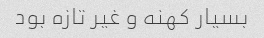
بسیار کهنه و غیر تازه بود